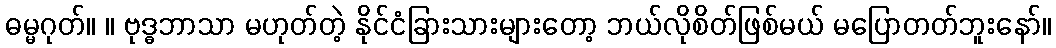
ဓမ္မဂုတ်။ ။ ဗုဒ္ဓဘာသာ မဟုတ်တဲ့ နိုင်ငံခြားသားများတော့ ဘယ်လိုစိတ်ဖြစ်မယ် မပြောတတ်ဘူးနော်။